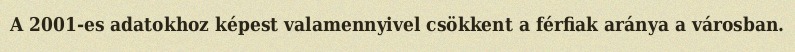
A 2001-es adatokhoz képest valamennyivel csökkent a férfiak aránya a városban.